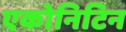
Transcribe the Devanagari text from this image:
एकोनिटिन